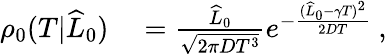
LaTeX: \begin{array}{rl}{\rho_{0}(T|\widehat{L}_{0})}&{{}=\frac{\widehat{L}_{0}}{\sqrt{2\pi DT^{3}}}e^{-\frac{(\widehat{L}_{0}-\gamma T)^{2}}{2DT}}\ ,}\end{array}